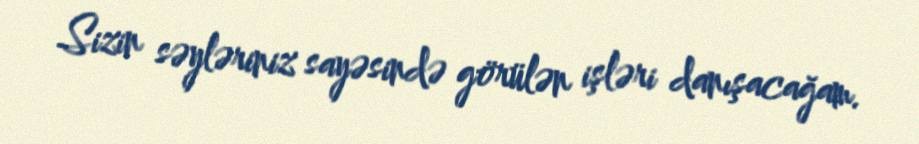
Sizin səyləriniz sayəsində görülən işləri danışacağam.